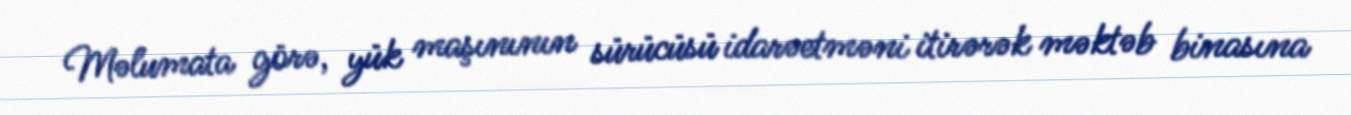
Məlumata görə, yük maşınının sürücüsü idarəetməni itirərək məktəb binasına